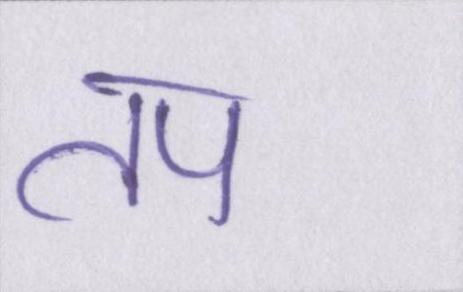
तप